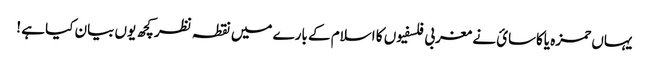
یہاں حمزه یاکاسائ نے مغربی فلسفیوں کا اسلام کے بارے میں نقطہ نظر کچھ یوں بیان کیا ہے !